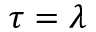
\tau = \lambda